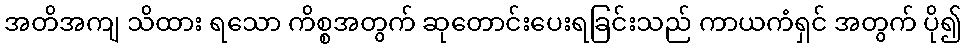
အတိအကျ သိထား ရသော ကိစ္စအတွက် ဆုတောင်းပေးရခြင်းသည် ကာယကံရှင် အတွက် ပို၍